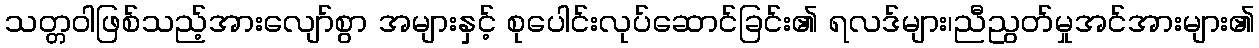
သတ္တဝါဖြစ်သည့်အားလျော်စွာ အများနှင့် စုပေါင်းလုပ်ဆောင်ခြင်း၏ ရလဒ်များ၊ညီညွတ်မှုအင်အားများ၏